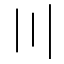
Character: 〣